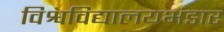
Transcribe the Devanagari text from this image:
विश्वविद्यालयभंडार